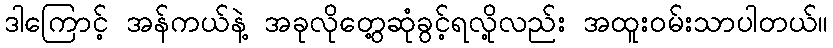
ဒါကြောင့် အန်ကယ်နဲ့ အခုလိုတွေ့ဆုံခွင့်ရလို့လည်း အထူးဝမ်းသာပါတယ်။